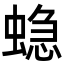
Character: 𮔤